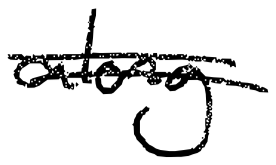
Text: along
Cross-out: double-line
Writing tool: digital_black